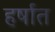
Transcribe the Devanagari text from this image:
हर्षात